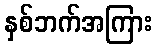
နှစ်ဘက်အကြား